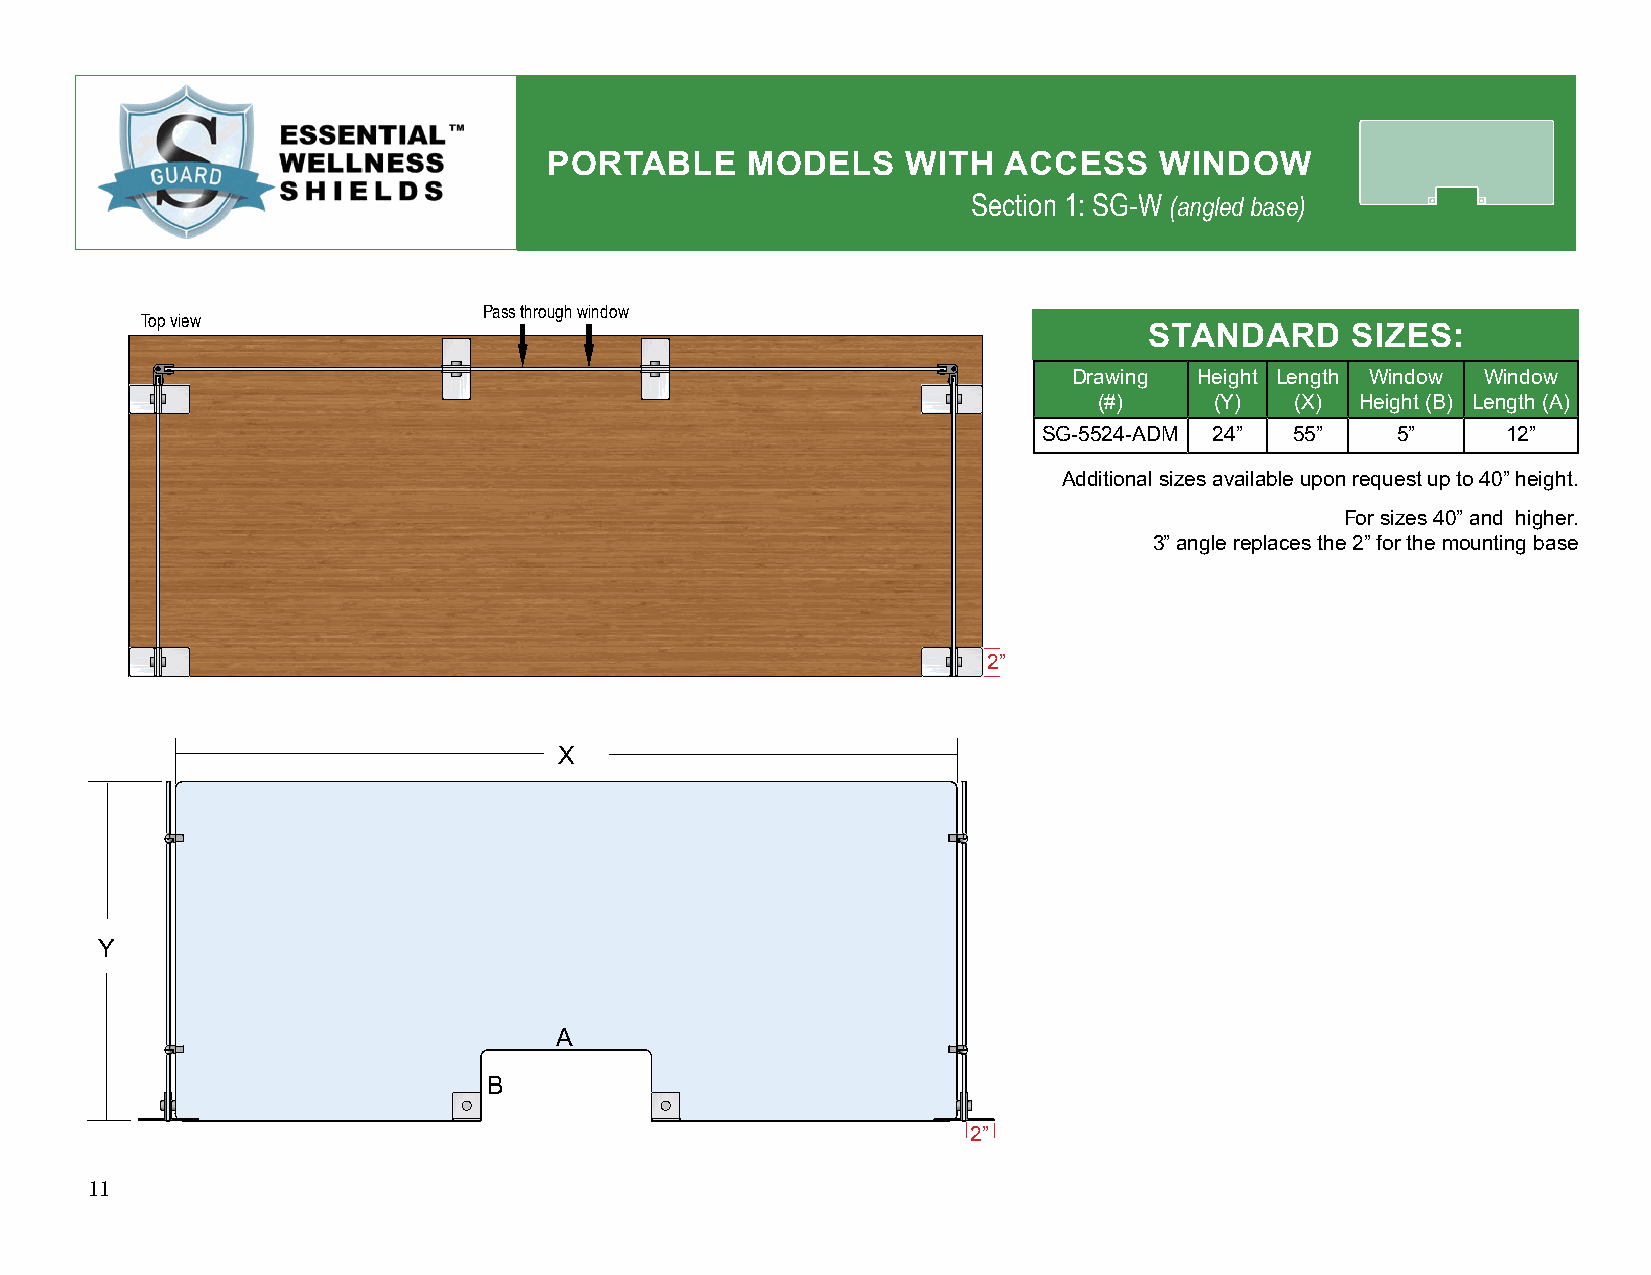
PORTABLE     MODELS     WITH  ACCESS     WINDOW
 Section 1: SG-W (angled base)
 Pass through window
 Top view
 STANDARD     SIZES:
 Drawing Height Length Window Window
 (#)    (Y)   (X) Height (B) Length (A)
 SG-5524-ADM 24”  55”   5”      12”
 Additional sizes available upon request up to 40” height.
 For sizes 40” and higher.
 3” angle replaces the 2” for the mounting base
 2”
 X
 Y
 A
 B
 2”
 11